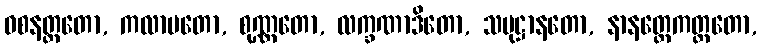
ဝစနတ္ထတော, ကလာပတော, စုဏ္ဏတော, လက္ခဏာဒိတော, သမုဋ္ဌာနတော, နာနတ္တေကတ္တတော,